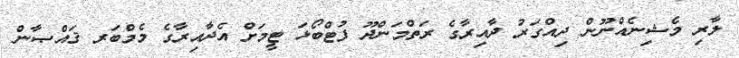
ލާރި މެޝިނެއްނޫން ދިއްގަރު ދާއިރާގެ ރަތްމަންދޫ ފުޓްބޯޅަ ޓީީމަށް އެދާއިރާގެ މެމްބަރ ޤައްޞާން